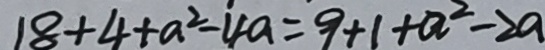
1 8 + 4 + a ^ { 2 } - 4 a = 9 + 1 + a ^ { 2 } - 2 a